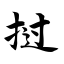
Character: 挝